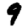
Digit: 9